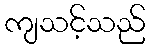
ကျသင့်သည်